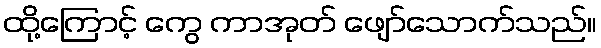
ထို့ကြောင့် ကွေ ကာအုတ် ဖျော်သောက်သည်။